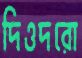
দিওদরো